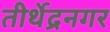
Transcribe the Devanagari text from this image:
तीर्थेद्रनगर